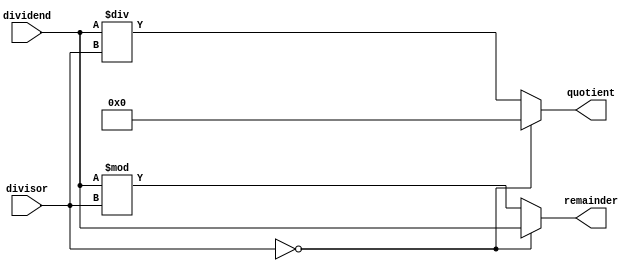
module asynchronous_divider (
    input wire [15:0] dividend,
    input wire [15:0] divisor,
    output reg [15:0] quotient,
    output reg [15:0] remainder
);

always @ (*) begin
    if (divisor == 16'h0) begin
        quotient <= 16'h0;
        remainder <= dividend;
    end else begin
        quotient <= dividend / divisor;
        remainder <= dividend % divisor;
    end
end

endmodule